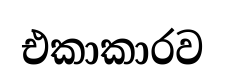
එකාකාරව